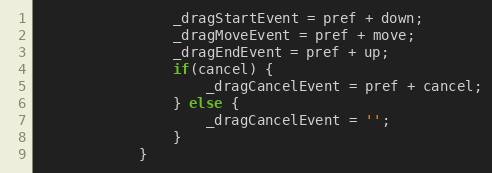
Language: JavaScript
				_dragStartEvent = pref + down;
				_dragMoveEvent = pref + move;
				_dragEndEvent = pref + up;
				if(cancel) {
					_dragCancelEvent = pref + cancel;
				} else {
					_dragCancelEvent = '';
				}
			}